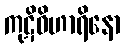
ကုဋိဝိဟာရိနော